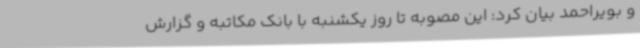
و بویراحمد بیان کرد: این مصوبه تا روز یکشنبه با بانک مکاتبه و گزارش